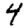
Digit: 4